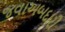
જવાઅબદારી